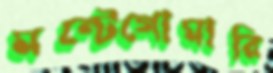
মন্টেগোমারি